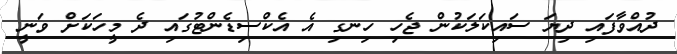
ދުއްވާފައި ދިޔަ ސައިކަލަކުން ޖެހި ހިނގި އެ އެކްސިޑެންޓުގައި ދެ މީހަކަށް ވަނީ